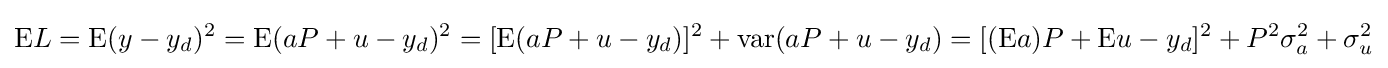
{\text{E}}L={\text{E}}(y-y_{d})^{2}={\text{E}}(aP+u-y_{d})^{2}=[{\text{E}}(aP+u-y_{d})]^{2}+{\text{var}}(aP+u-y_{d})=[({\text{E}}a)P+{\text{E}}u-y_{d}]^{2}+P^{2}\sigma _{a}^{2}+\sigma _{u}^{2}